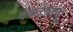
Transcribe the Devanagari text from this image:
वेंकटेश्वरुलु